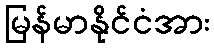
မြန်မာနိုင်ငံအား